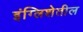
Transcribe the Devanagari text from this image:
इंग्लिशेतील